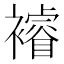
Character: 𮖼